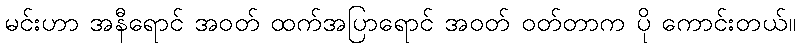
မင်းဟာ အနီရောင် အဝတ် ထက်အပြာရောင် အဝတ် ဝတ်တာက ပို ကောင်းတယ်။